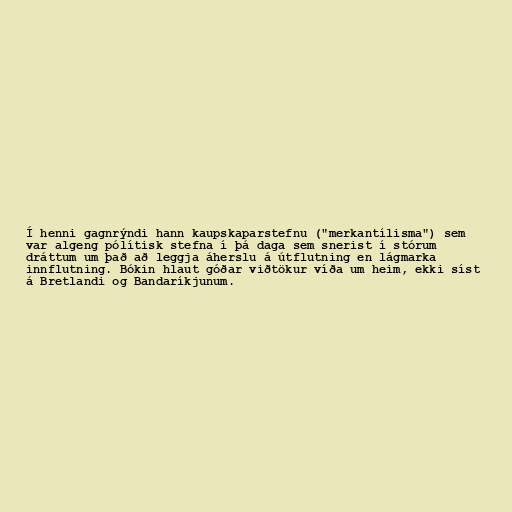
Í henni gagnrýndi hann kaupskaparstefnu ("merkantílisma") sem
var algeng pólítisk stefna í þá daga sem snerist í stórum
dráttum um það að leggja áherslu á útflutning en lágmarka
innflutning. Bókin hlaut góðar viðtökur víða um heim, ekki síst
á Bretlandi og Bandaríkjunum.